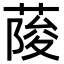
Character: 𦶬